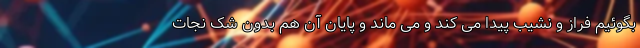
بگوئیم فراز و نشیب پیدا می کند و می ماند و پایان آن هم بدون شک نجات